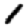
Digit: 1